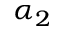
\alpha _ { 2 }